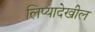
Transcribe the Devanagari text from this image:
लिप्यादेखील